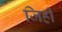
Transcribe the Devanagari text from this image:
जिहीं